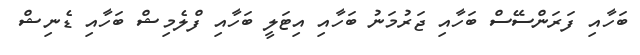
ބަހާއި ފަރަންސޭސް ބަހާއި ޖަރުމަނު ބަހާއި އިޓަލީ ބަހާއި ފްލެމިޝް ބަހާއި ޑެނިޝް